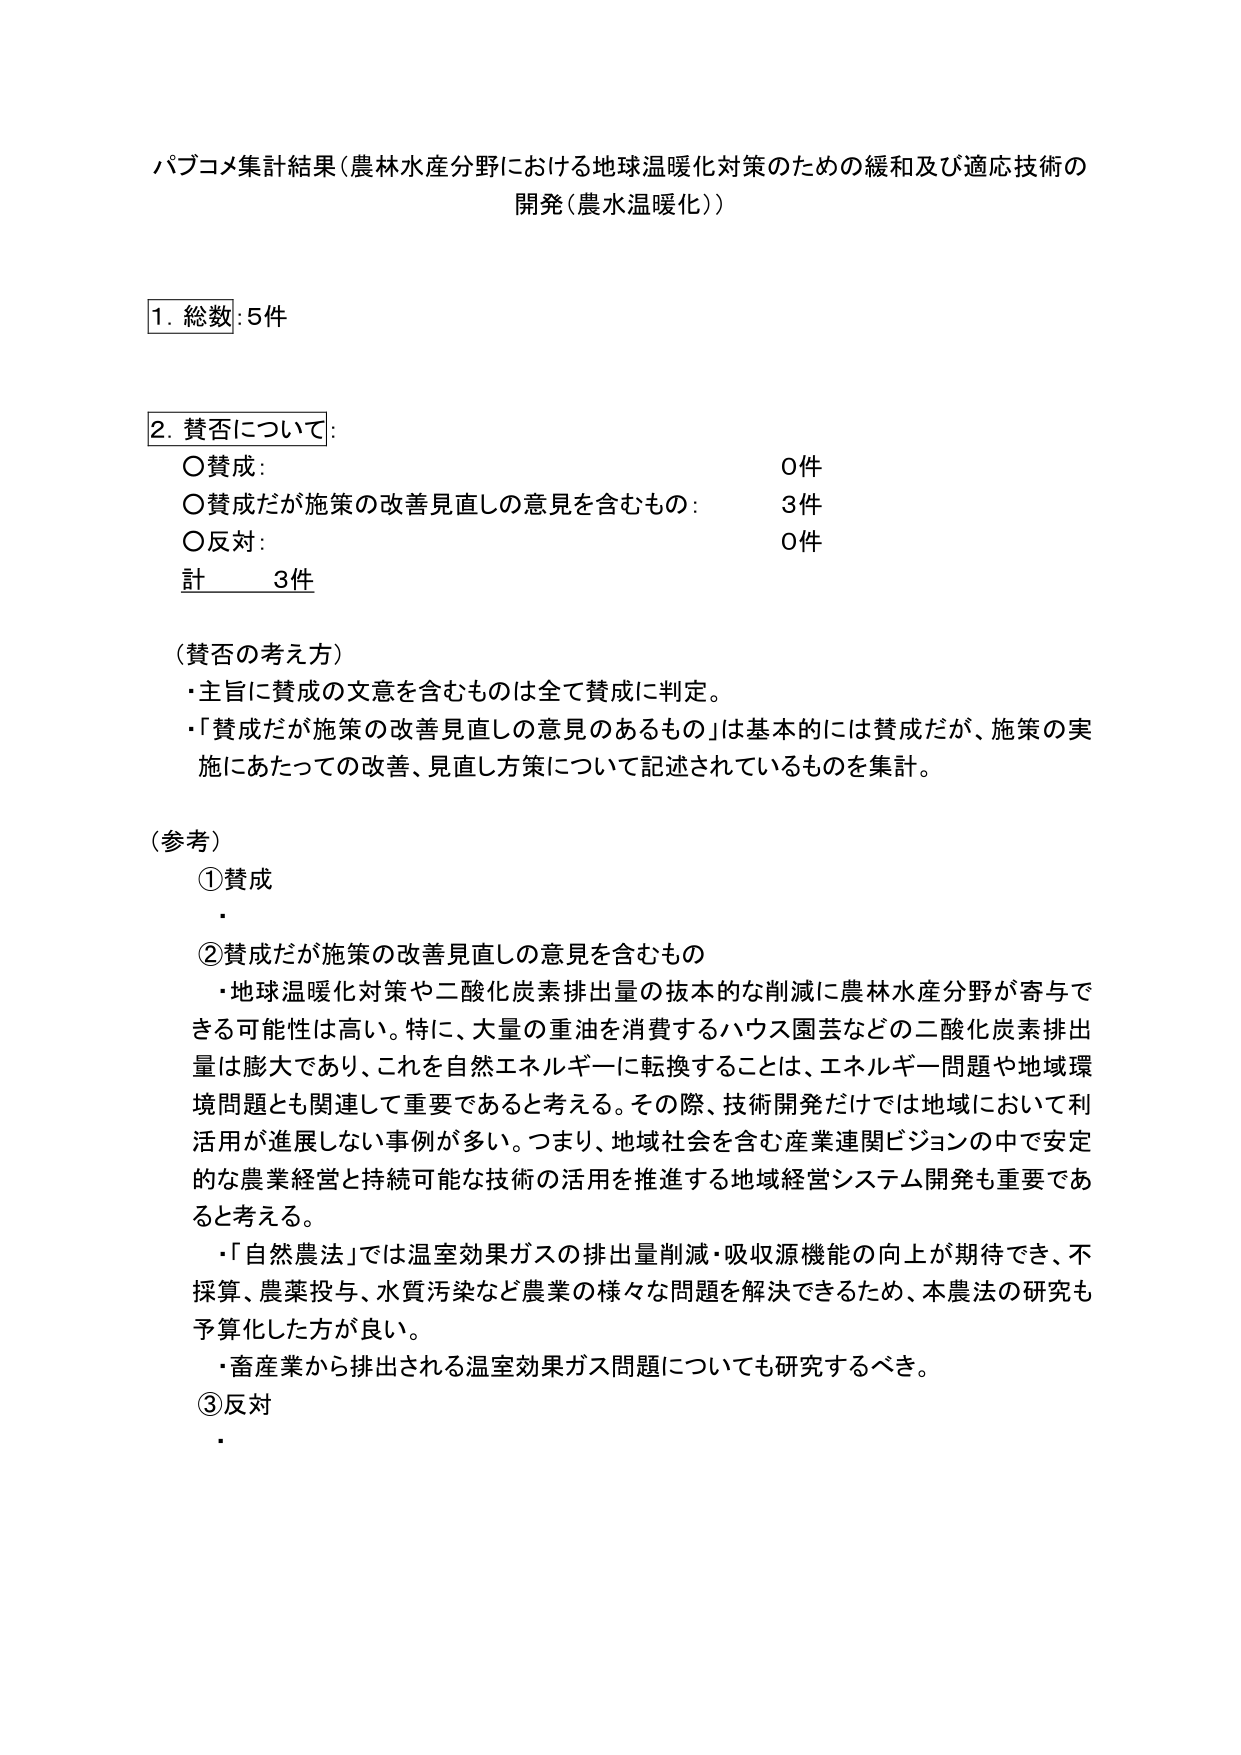
パブコメ集計結果（農林水産分野における地球温暖化対策のための緩和及び適応技術の
開発（農水温暖化））

1. 総数：5件

2. 賛否について：
　○賛成：　　　　　　　　　　　　　　　　　　　0件
　○賛成だが施策の改善見直しの意見を含むもの：　3件
　○反対：　　　　　　　　　　　　　　　　　　　0件
　計　　　3件

（賛否の考え方）
・主旨に賛成の文意を含むものは全て賛成に判定。
・「賛成だが施策の改善見直しの意見のあるもの」は基本的には賛成だが、施策の実
　施にあたっての改善、見直し方策について記述されているものを集計。

（参考）
①賛成
　・

②賛成だが施策の改善見直しの意見を含むもの
　・地球温暖化対策や二酸化炭素排出量の抜本的な削減に農林水産分野が寄与で
　　きる可能性は高い。特に、大量の重油を消費するハウス園芸などの二酸化炭素排出
　　量は膨大であり、これを自然エネルギーに転換することは、エネルギー問題や地域環
　　境問題とも関連して重要であると考える。その際、技術開発だけでは地域において利
　　活用が進展しない事例が多い。つまり、地域社会を含む産業連関ビジョンの中で安定
　　的な農業経営と持続可能な技術の活用を推進する地域経営システム開発も重要であ
　　ると考える。
　・「自然農法」では温室効果ガスの排出量削減・吸収源機能の向上が期待でき、不
　　採算、農薬投与、水質汚染など農業の様々な問題を解決できるため、本農法の研究も
　　予算化した方が良い。
　・畜産業から排出される温室効果ガス問題についても研究するべき。

③反対
　・